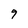
Character: 9